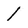
Character: 1